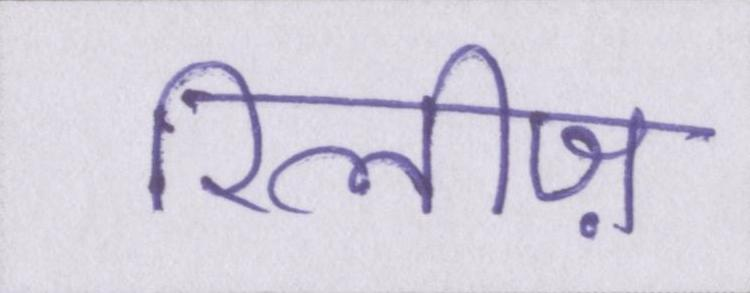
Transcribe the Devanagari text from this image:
रिलीज़